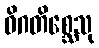
ဝိဂတိစ္ဆေသု